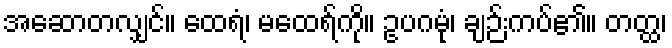
အဆောတလျှင်။ ထေရံ၊ မထေရ်ကို။ ဥပဂမုံ၊ ချဉ်းကပ်၏။ တတ္ထ၊